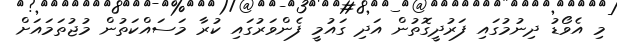
މި އެވޯޑު ދިނުމުގައި ފަރުދީގޮތުން އަދި ގައުމީ ފެންވަރުގައި ކުރާ މަސައްކަތުން މުޖުތަމައަށް